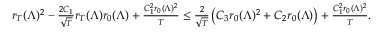
\begin{array} { r } { r _ { T } ( \boldsymbol { \Lambda } ) ^ { 2 } - \frac { 2 C _ { 1 } } { \sqrt { T } } r _ { T } ( \boldsymbol { \Lambda } ) r _ { 0 } ( \boldsymbol { \Lambda } ) + \frac { C _ { 1 } ^ { 2 } r _ { 0 } ( \boldsymbol { \Lambda } ) ^ { 2 } } { T } \le \frac { 2 } { \sqrt { T } } \left( C _ { 3 } r _ { 0 } ( \boldsymbol { \Lambda } ) ^ { 2 } + C _ { 2 } r _ { 0 } ( \boldsymbol { \Lambda } ) \right) + \frac { C _ { 1 } ^ { 2 } r _ { 0 } ( \boldsymbol { \Lambda } ) ^ { 2 } } { T } . } \end{array}